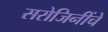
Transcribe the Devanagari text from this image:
सरोजिनींचे